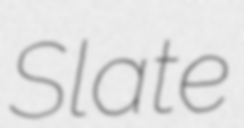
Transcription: Slate